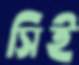
সিই